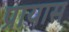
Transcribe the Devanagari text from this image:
प्रायास